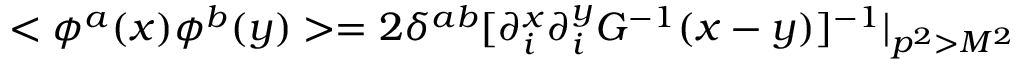
< \phi ^ { a } ( x ) \phi ^ { b } ( y ) > = 2 \delta ^ { a b } [ \partial _ { i } ^ { x } \partial _ { i } ^ { y } G ^ { - 1 } ( x - y ) ] ^ { - 1 } | _ { p ^ { 2 } > M ^ { 2 } }